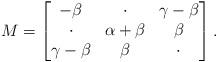
LaTeX: \begin{align*}M = \left[ \begin{matrix} -\beta & \cdot & \gamma-\beta \\ \cdot & \alpha+\beta & \beta \\ \gamma-\beta & \beta & \cdot \end{matrix} \right].\end{align*}